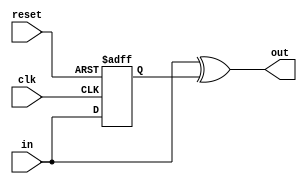
module toggle2pulse(/*AUTOARG*/
   // Outputs
   out,
   // Inputs
   clk, in, reset
   );

   
   //clocks
   input  clk; 
   
   input  in;   
   output out;

   //reset
   input  reset;
   reg 	  out_reg;
         
   always @ (posedge clk or posedge reset)
     if(reset)
       out_reg <= 1'b0;
     else
       out_reg <= in;
      
   assign out = in ^ out_reg;

endmodule